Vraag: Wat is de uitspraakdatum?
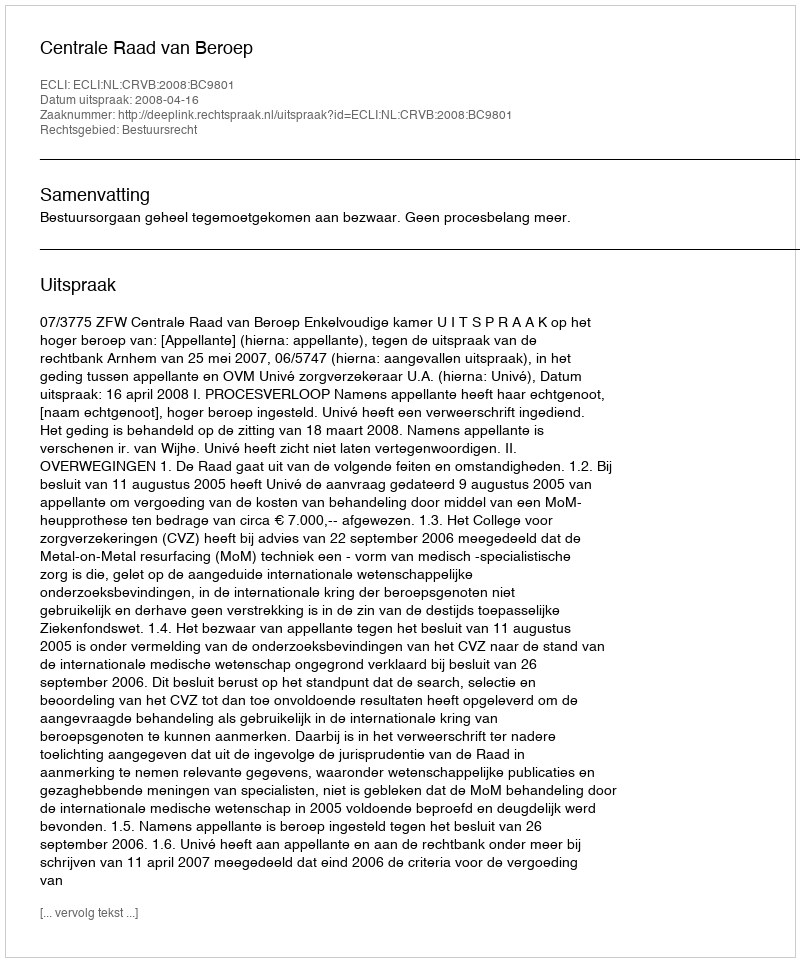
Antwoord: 2008-04-16